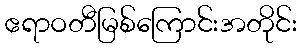
ဧရာဝတီမြစ်ကြောင်းအတိုင်း